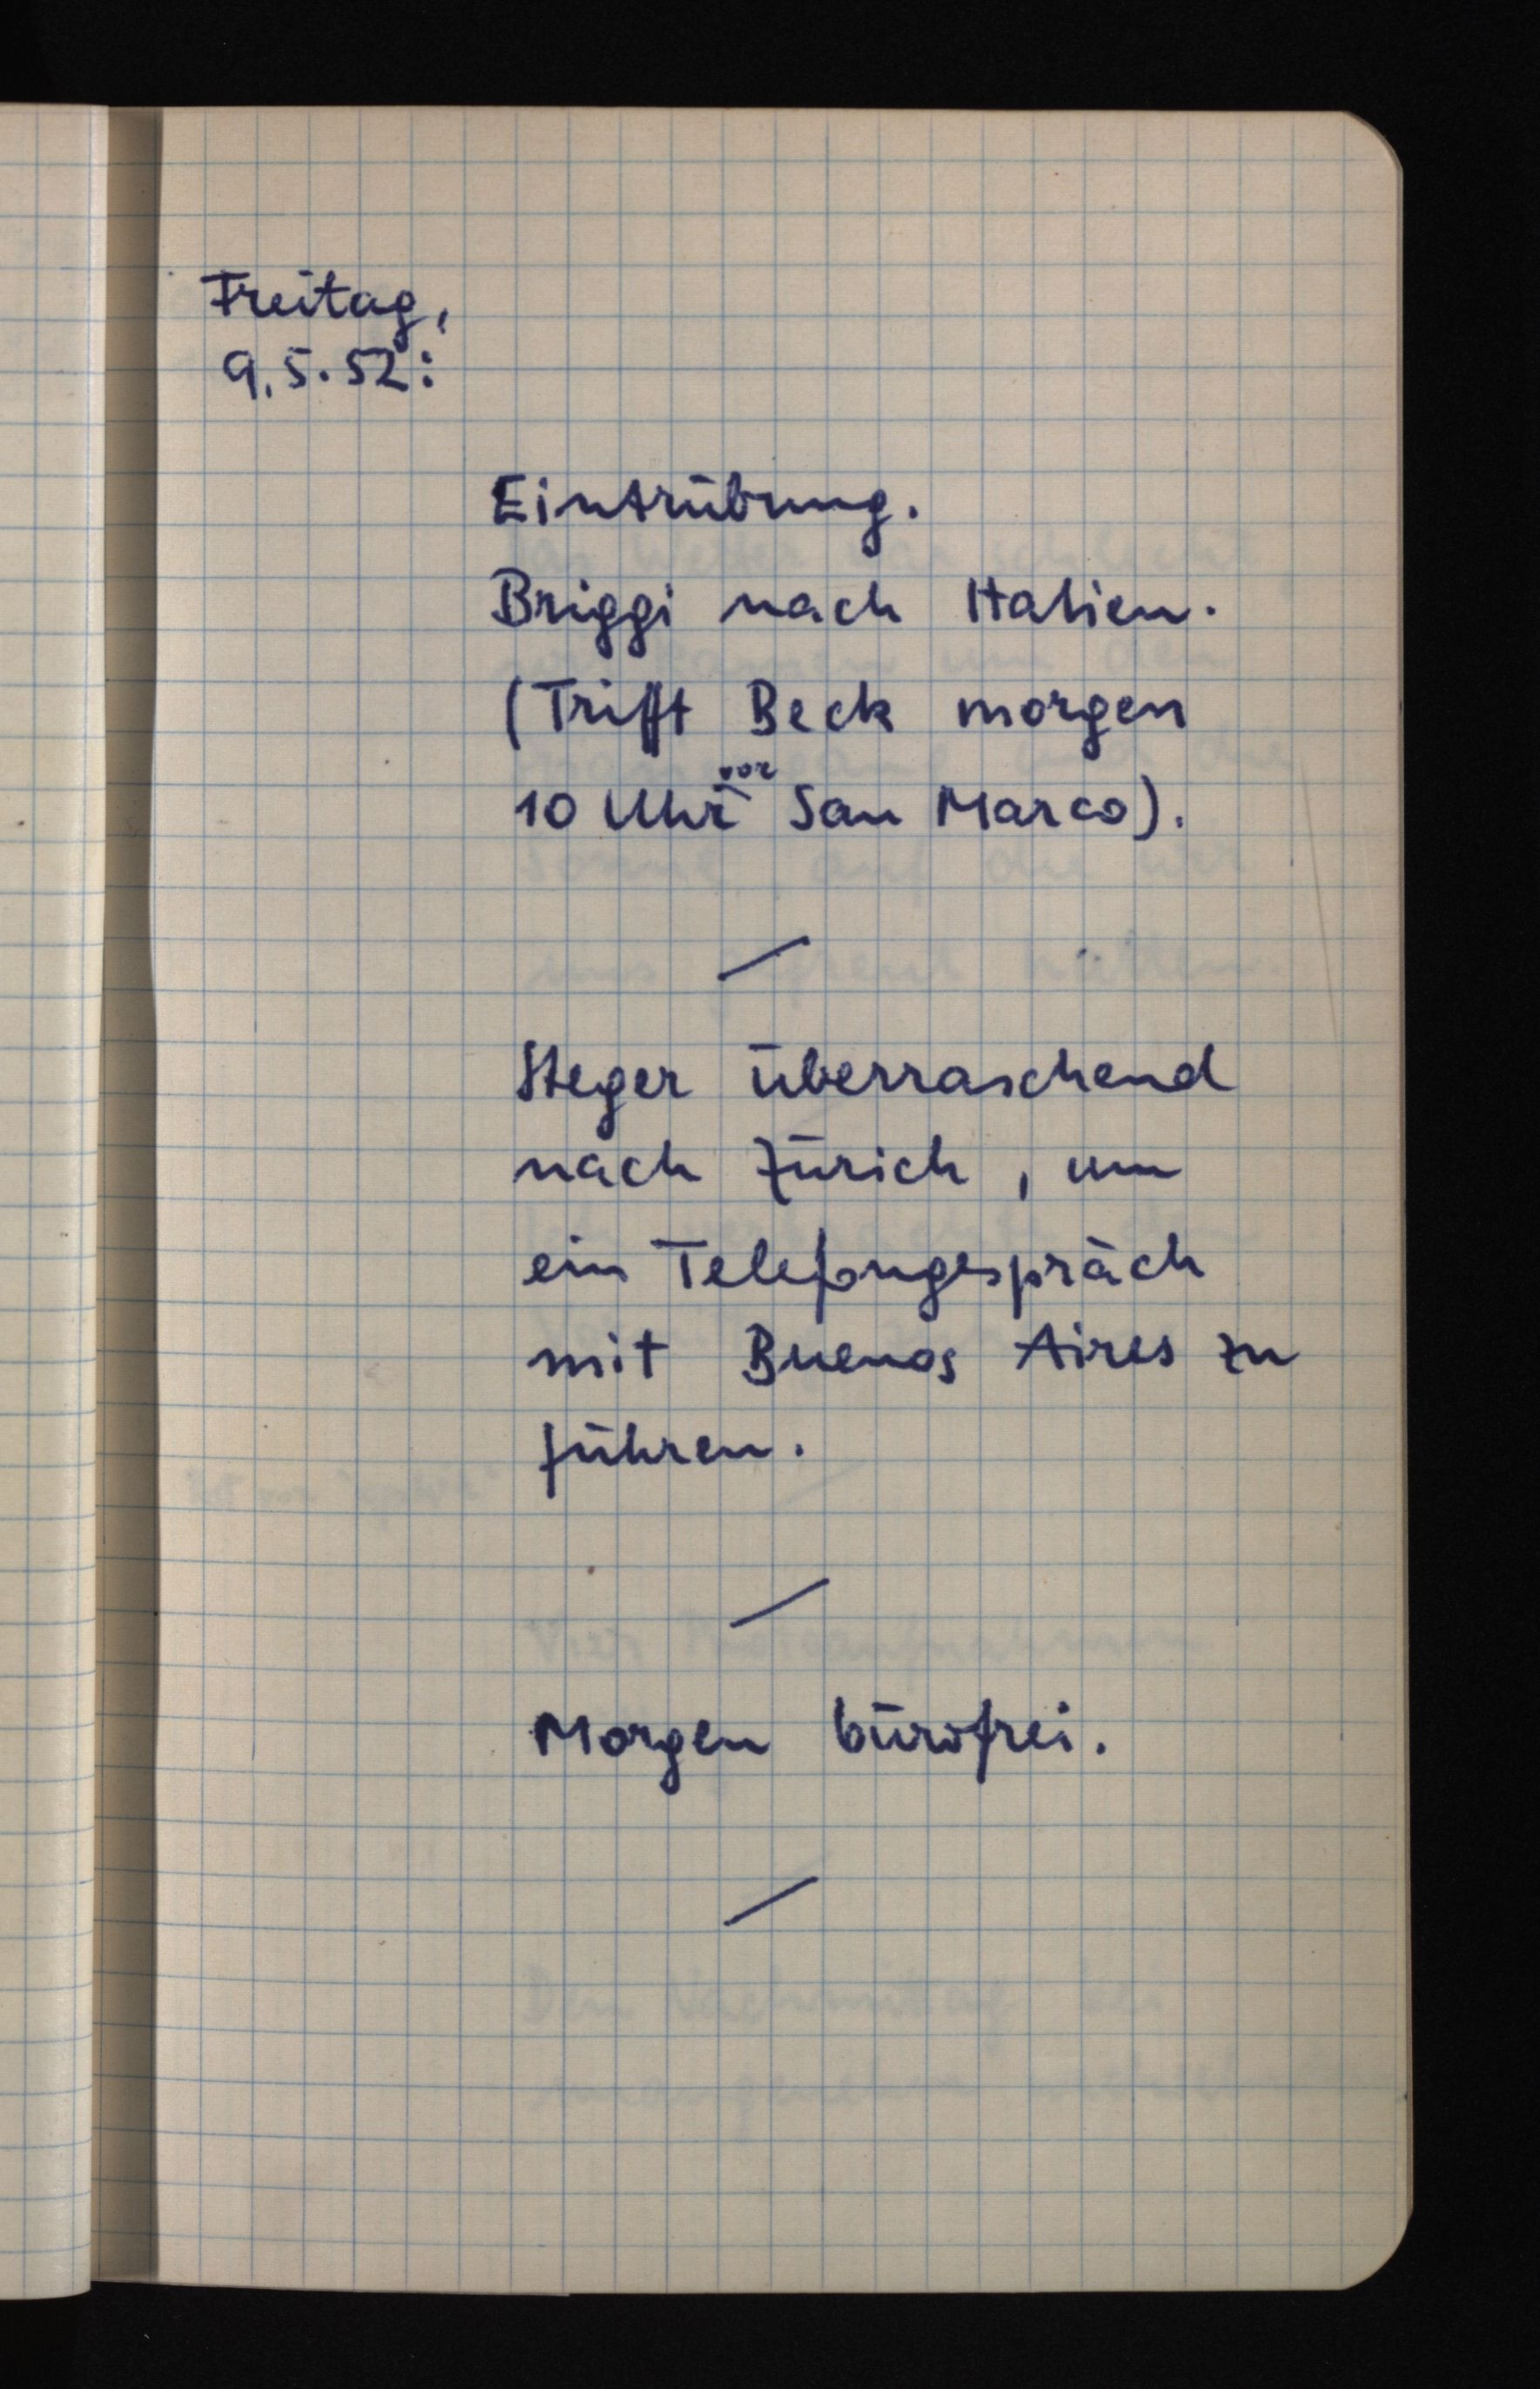
Freitag,
9.5.52:
Eintrübung.
Briggi nach Italien.
(Trifft Beck morgen
vor
10 Uhr San Marco).
Steger überraschend
nach Zürich, um
ein Telefongespräch
mit Buenos Aires zu
führen.
Morgen bürofrei.